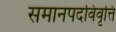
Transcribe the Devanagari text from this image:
समानपदविवृत्ति